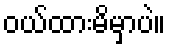
ဝယ်ထားမိမှာပဲ။